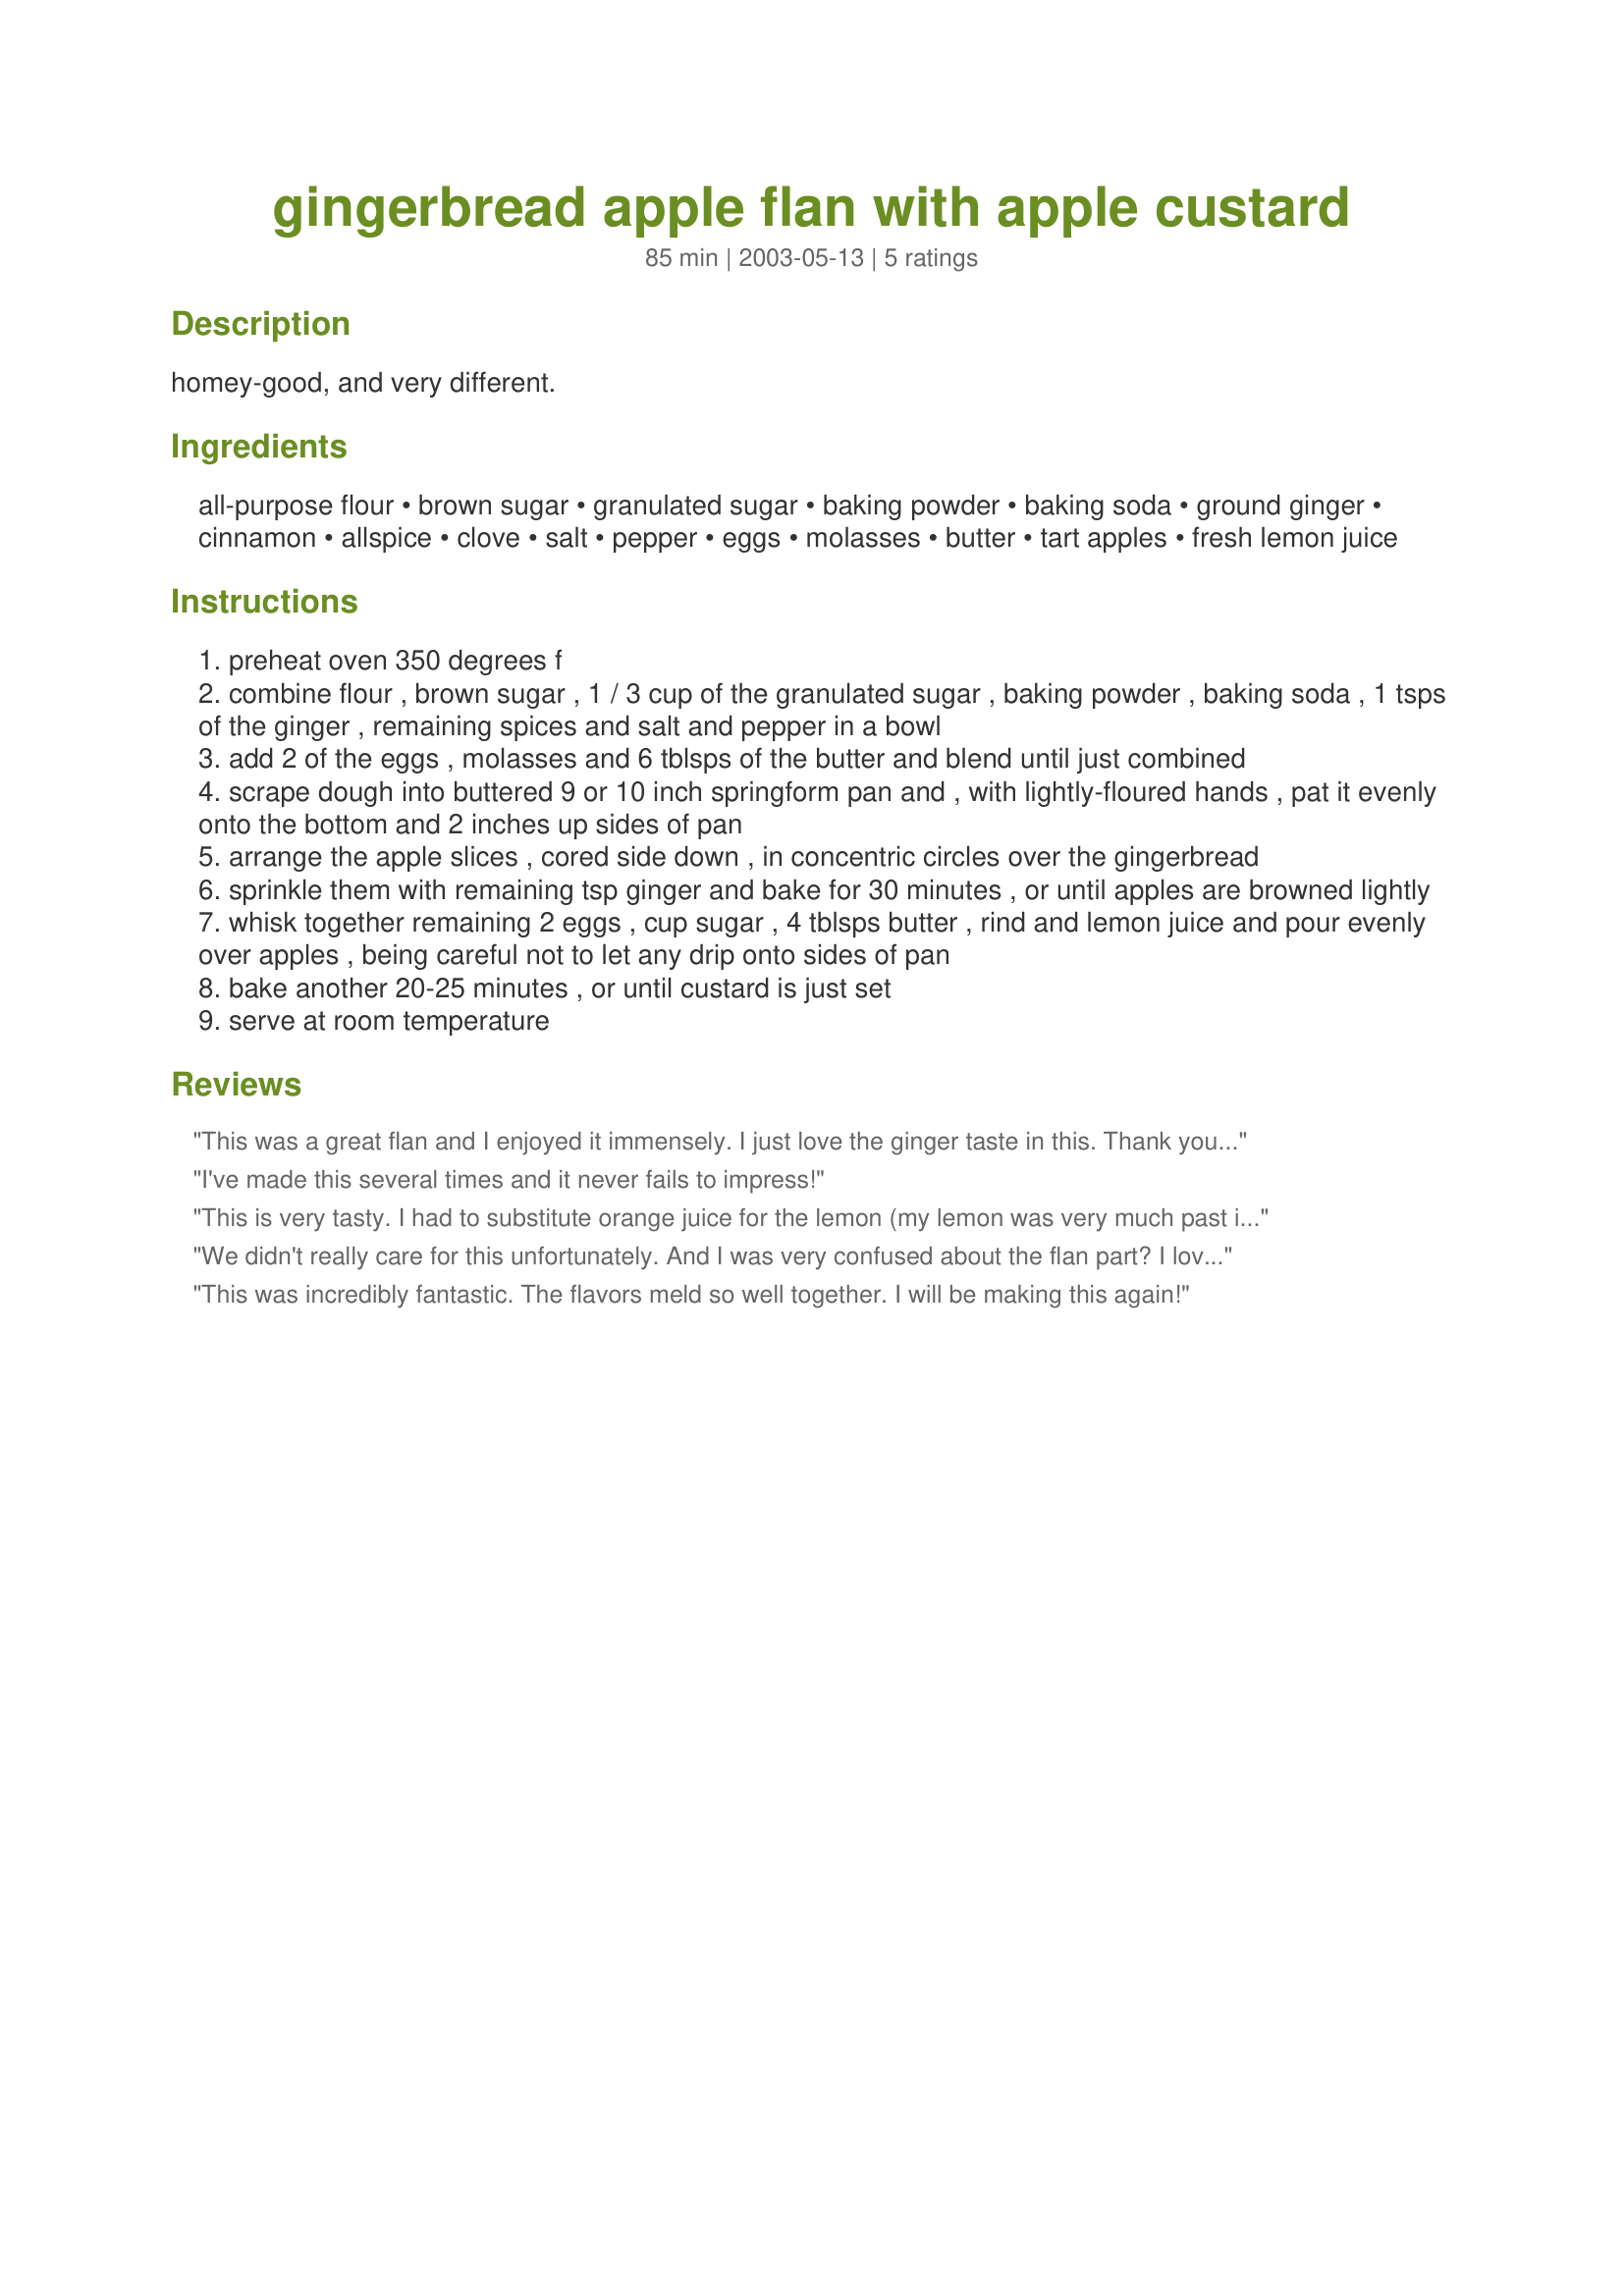
gingerbread apple flan with apple custard
Preparation time: 85 minutes

homey-good, and very different.

Ingredients:
all-purpose flour, brown sugar, granulated sugar, baking powder, baking soda, ground ginger, cinnamon, allspice, clove, salt, pepper, eggs, molasses, butter, tart apples, fresh lemon juice

Steps:
preheat oven 350 degrees f
combine flour , brown sugar , 1 / 3 cup of the granulated sugar , baking powder , baking soda , 1 tsps of the ginger , remaining spices and salt and pepper in a bowl
add 2 of the eggs , molasses and 6 tblsps of the butter and blend until just combined
scrape dough into buttered 9 or 10 inch springform pan and , with lightly-floured hands , pat it evenly onto the bottom and 2 inches up sides of pan
arrange the apple slices , cored side down , in concentric circles over the gingerbread
sprinkle them with remaining tsp ginger and bake for 30 minutes , or until apples are browned lightly
whisk together remaining 2 eggs , cup sugar , 4 tblsps butter , rind and lemon juice and pour evenly over apples , being careful not to let any drip onto sides of pan
bake another 20-25 minutes , or until custard is just set
serve at room temperature

Reviews:
This was a great flan and I enjoyed it immensely. I just love the ginger taste in this. Thank you for a great flan.
I've made this several times and it never fails to impress!
This is very tasty. I had to substitute orange juice for the lemon (my lemon was very much past its best). Wasn't entirely sure what to expect and felt dubious about the amount of custard until I saw the gingerbread puff up and make the area to be filled with custard much smaller.
We didn't really care for this unfortunately. And I was very confused about the flan part? I love flan and this didn't resemble flan at all...
This was incredibly fantastic. The flavors meld so well together. I will be making this again!
